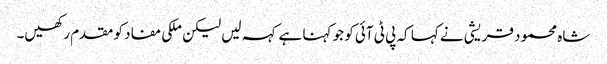
شاہ محمود قریشی نے کہا کہ پی ٹی آئی کو جو کہنا ہے کہہ لیں لیکن ملکی مفاد کو مقدم رکھیں۔